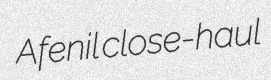
Afenil close-haul